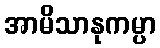
အာမိသာနုကမ္ပာ